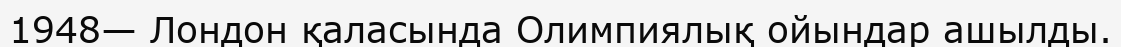
1948— Лондон қаласында Олимпиялық ойындар ашылды.